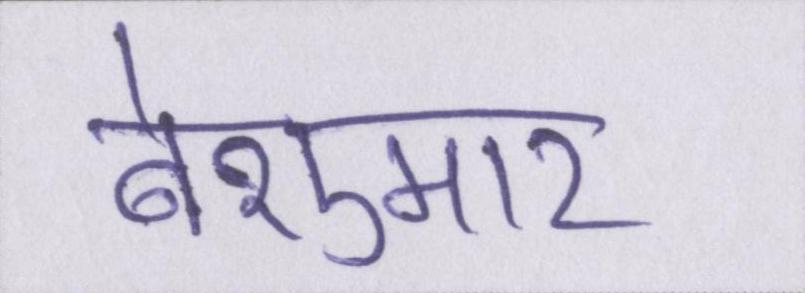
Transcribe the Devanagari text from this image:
बेशुमार